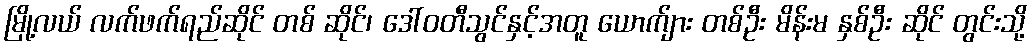
မြို့လယ် လက်ဖက်ရည်ဆိုင် တစ် ဆိုင်၊ ဒေါ်ဝတီသွင်နှင့်အတူ ယောက်ျား တစ်ဦး မိန်းမ နှစ်ဦး ဆိုင် တွင်းသို့